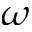
\omega